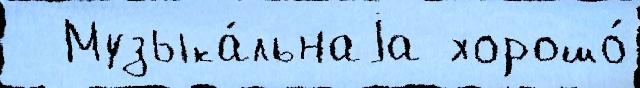
  Музыка́льнаjа хорошо́